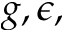
g , \epsilon ,